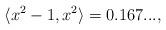
LaTeX: \begin{align*}\langle x^2-1,x^2\rangle = 0.167...,\end{align*}